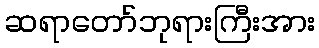
ဆရာတော်ဘုရားကြီးအား